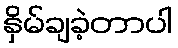
နှိမ်ချခဲ့တာပါ